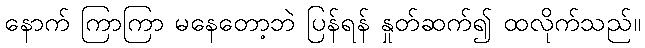
နောက် ကြာကြာ မနေတော့ဘဲ ပြန်ရန် နှုတ်ဆက်၍ ထလိုက်သည်။